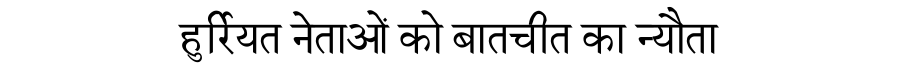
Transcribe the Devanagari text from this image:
हुर्रियत नेताओं को बातचीत का न्यौता